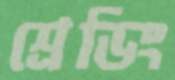
শ্রেডিং